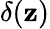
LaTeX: \delta(\mathbf{z})